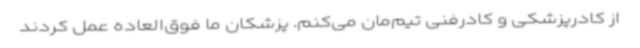
از کادرپزشکی و کادرفنی تیم‌مان می‌کنم. پزشکان ما فوق‌العاده عمل کردند